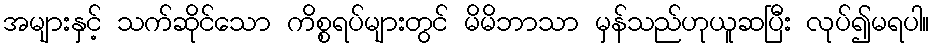
အများနှင့် သက်ဆိုင်သော ကိစ္စရပ်များတွင် မိမိဘာသာ မှန်သည်ဟုယူဆပြီး လုပ်၍မရပါ။